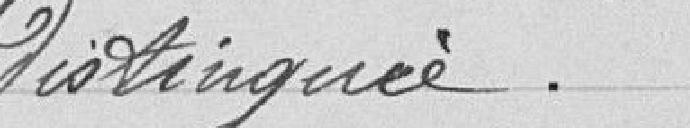
distinguée.